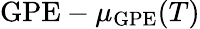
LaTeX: \mathrm{GPE}-\mu_{\mathrm{GPE}}(T)